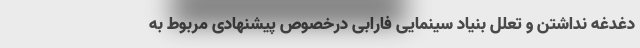
دغدغه نداشتن و تعلل بنیاد سینمایی فارابی درخصوص پیشنهادی مربوط به